Civil Veterinary Department Bihar & Orissa reports 1922-29 - 1922-1929
Year: 1922
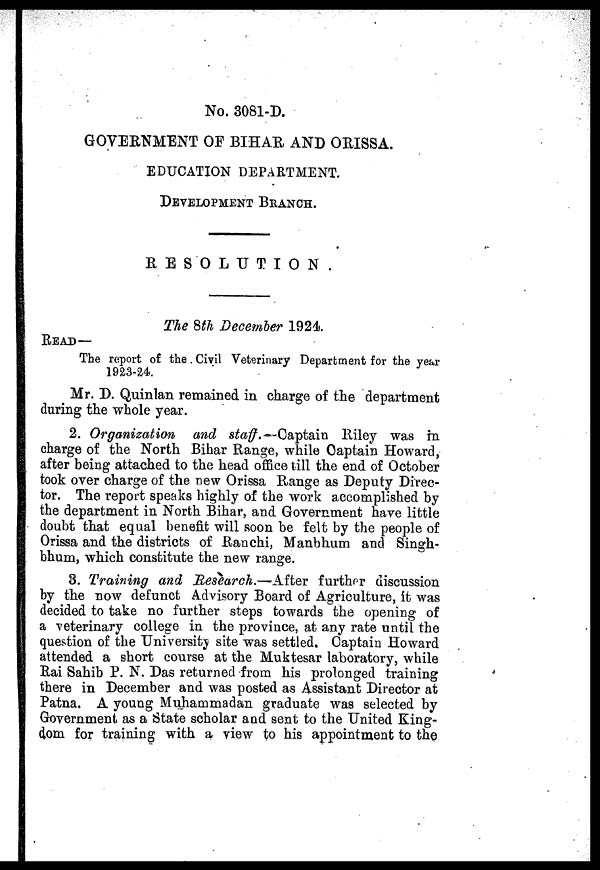
No. 3081-D.
GOVERNMENT OF BIHAR AND ORISSA.
EDUCATION DEPARTMENT.
DEVELOPMENT BRANCH.
RESOLUTION.
The 8th December 1924.
READ—
The report of the Civil Veterinary Department for the year
1923-24.
Mr. D. Quinlan remained in charge of the department
during the whole year.
2. Organization
and staff. Captain Riley was in
charge of the North Bihar Range, while Oaptain Howard,
after being attached to the head office till the end of October
took over charge of the new Orissa Range as Deputy Direc-
tor. The report speaks highly of the work accomplished by
the department in North Bihar, and Government have little
doubt that equal benefit will soon be felt by the people of
Orissa and the districts of Ranchi, Manbhum and Singh -
bhum, which constitute the new range.
3. Training and Research.—After further discussion
by the now defunct Advisory Board of Agriculture, it was
decided to take no further steps towards the opening of
a veterinary college in the province, at any rate until the
question of the University site was settled. Captain Howard
attended a short course at the Muktesar laboratory, while
Rai Sahib P. N. Das returned from his prolonged training
there in December and was posted as Assistant Director at
Patna. A young Muhammadan graduate was selected by
Government as a State scholar and sent to the United King-
dom for training with a view to his appointment to the